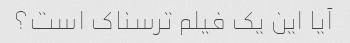
آیا این یک فیلم ترسناک است؟